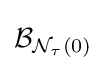
{\mathcal {B}}_{{\mathcal {N}}_{\tau }(0)}